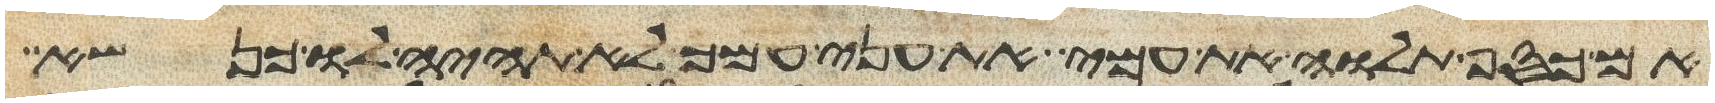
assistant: אם כסף תלוה את עמי את עני עמך לא תהיה לו כנשא